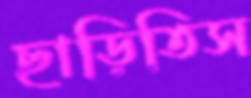
ছাড়িতিস